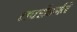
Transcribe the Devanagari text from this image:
लक्झेंबर्गने